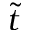
\tilde { t }